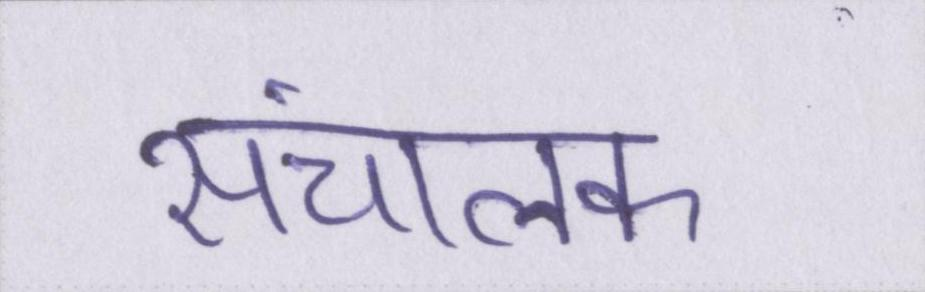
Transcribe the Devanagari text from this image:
संचालक